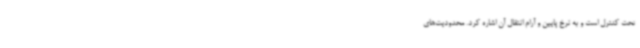
تحت کنترل است و به نرخ پایین و آرام انتقال آن اشاره کرد. محدودیت‌های